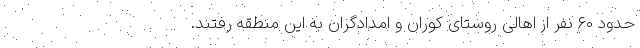
حدود ۶۰ نفر از اهالی روستای کوران و امدادگران به این منطقه رفتند.